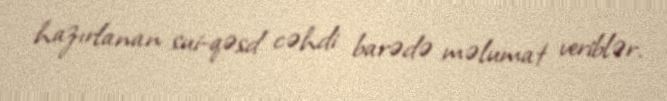
hazırlanan sui-qəsd cəhdi barədə məlumat veriblər.